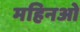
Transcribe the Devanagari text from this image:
महिनओ